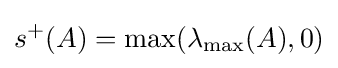
s^{+}(A)=\max(\lambda _{\max }(A),0)